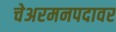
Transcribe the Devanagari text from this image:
चेअरमनपदावर